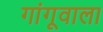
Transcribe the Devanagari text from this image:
गांगूवाला